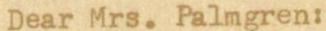
Dear Mrs. Palmgren: